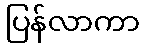
ပြန်လာကာ